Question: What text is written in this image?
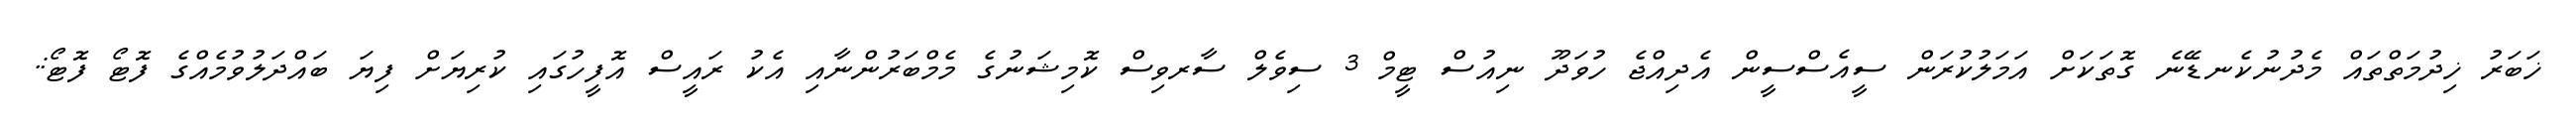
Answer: ޚަބަރު ޚިދުމަތްތައް މެދުނުކެނޑޭނެ ގޮތަކަށް އަމަލުކުރަން ސީއެސްސީން އެދިއްޖެ ހުވަދޫ ނިއުސް ޓީމް 3 ސިވެލް ސާރވިސް ކޮމިޝަނުގެ މެމްބަރުންނާއި އެކު ރައީސް އޮފީހުގައި ކުރިޔަށް ފިޔަ ބައްދަލުވުމެއްގެ ފޮޓޯ ފޮޓޯ:.